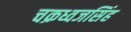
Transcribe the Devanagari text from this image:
चक्रध्वजसिंह